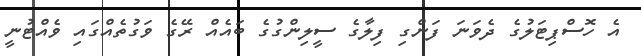
އެ ހޮސްޕިޓަލުގެ ދެވަނަ ފަންގި ފިލާގެ ސީލިންގުގެ ބައެއް ރޭގެ ވަގުތެއްގައި ވެއްޓުނީ